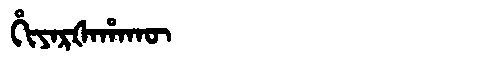
Manchu: ᡥᡳᠶᠠᡵᡧᠠᡥᠠᡴᡡ
Romanization: HIYARŠAHAKŪ